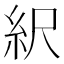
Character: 䋇